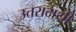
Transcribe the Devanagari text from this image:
उत्तरादायी